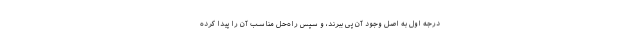
درجه اول به اصل وجود آن پی ببرند، و سپس راه‌حل مناسب آن را پیدا کرده